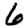
Digit: 6